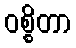
ဝစ္စိတာ